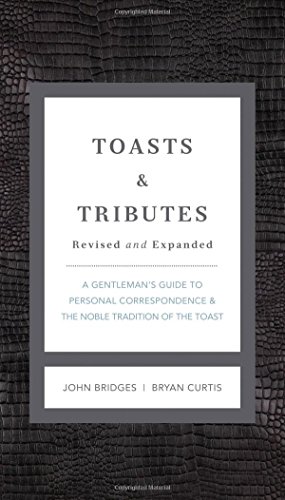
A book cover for Toasts and   Tributes Revised and   updated: A Gentleman's Guide to Personal Correspondence and the Noble Tradition of the Toast (Gentlemanners); John Bridges; Reference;